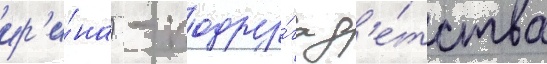
ир'и́на) - подру́га д'е́тства